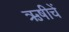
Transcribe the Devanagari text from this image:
ऋषीचें